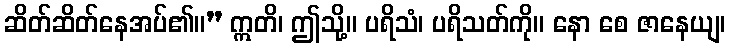
ဆိတ်ဆိတ်နေအပ်၏။” ဣတိ၊ ဤသို့။ ပရိသံ၊ ပရိသတ်ကို။ နော စေ ဇာနေယျ၊